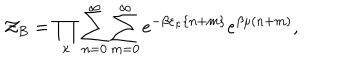
LaTeX: { \cal Z } _ { B } = \prod _ { \kappa } \sum _ { n = 0 } ^ { \infty } \sum _ { m = 0 } ^ { \infty } e ^ { - \beta \varepsilon _ { \kappa } \{ n + m \} } e ^ { \beta \mu ( n + m ) } ,